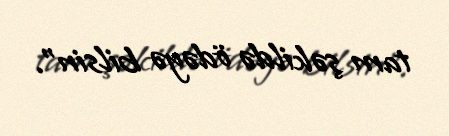
tam şəkildə ödəyə bilsin".